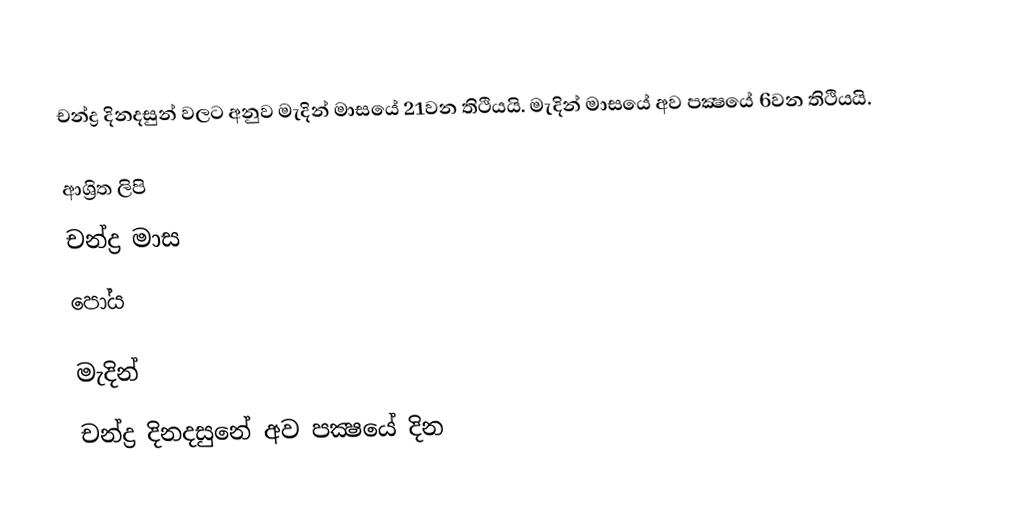
චන්ද්‍ර දිනදසුන් වලට අනුව මැදින් මාසයේ 21වන තිථියයි. මැදින් මාසයේ අව පක්‍ෂයේ 6වන තිථියයි.

ආශ්‍රිත ලිපි
 චන්ද්‍ර මාස
 පෝය

මැදින්
චන්ද්‍ර දිනදසුනේ අව පක්‍ෂයේ දින